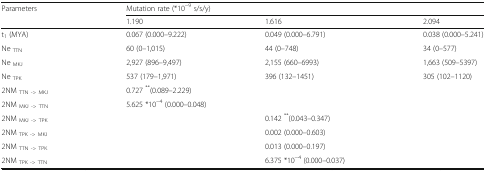
<table><thead><tr><td rowspan="2"><b>Parameters</b></td><td colspan="3"><b>Mutation rate (*10<sup>−9</sup> s/s/y)</b></td></tr><tr><td><b>1.190</b></td><td><b>1.616</b></td><td><b>2.094</b></td></tr></thead><tbody><tr><td>t<sub>1</sub> (MYA)</td><td>0.067 (0.000–9.222)</td><td>0.049 (0.000–6.791)</td><td>0.038 (0.000–5.241)</td></tr><tr><td>Ne <sub>TTN</sub></td><td>60 (0–1,015)</td><td>44 (0–748)</td><td>34 (0–577)</td></tr><tr><td>Ne <sub>MKJ</sub></td><td>2,927 (896–9,497)</td><td>2,155 (660–6993)</td><td>1,663 (509–5397)</td></tr><tr><td>Ne <sub>TPK</sub></td><td>537 (179–1,971)</td><td>396 (132–1451)</td><td>305 (102–1120)</td></tr><tr><td>2NM <sub>TTN -&gt; MKJ</sub></td><td colspan="3">0.727 <sup>**</sup>(0.089–2.229)</td></tr><tr><td>2NM <sub>MKJ -&gt; TTN</sub></td><td colspan="3">5.625 *10<sup>−4</sup> (0.000–0.048)</td></tr><tr><td>2NM <sub>MKJ -&gt; TPK</sub></td><td></td><td>0.142 <sup>**</sup>(0.043–0.347)</td><td></td></tr><tr><td>2NM <sub>TPK -&gt; MKJ</sub></td><td></td><td>0.002 (0.000–0.603)</td><td></td></tr><tr><td>2NM <sub>TTN -&gt; TPK</sub></td><td></td><td>0.013 (0.000–0.197)</td><td></td></tr><tr><td>2NM <sub>TPK -&gt; TTN</sub></td><td></td><td>6.375 *10<sup>−4</sup> (0.000–0.037)</td><td></td></tr></tbody></table>